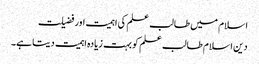
اسلام میں طالب علم کی اہمیت اور فضیلت
دین اسلام طالب علم کو بہت زیادہ اہمیت دیتا ہے۔